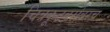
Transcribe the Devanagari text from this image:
चित्रकूटबरोबरच